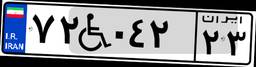
۷۲W۰۴۲۲۳